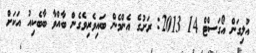
އުލިގަން އޯގަސްޓް 14 2013: ރަށުގެ އެންމެން ބައިވެރިވެގެން ބާއްވާ ބާބެކިއު އަކަށް